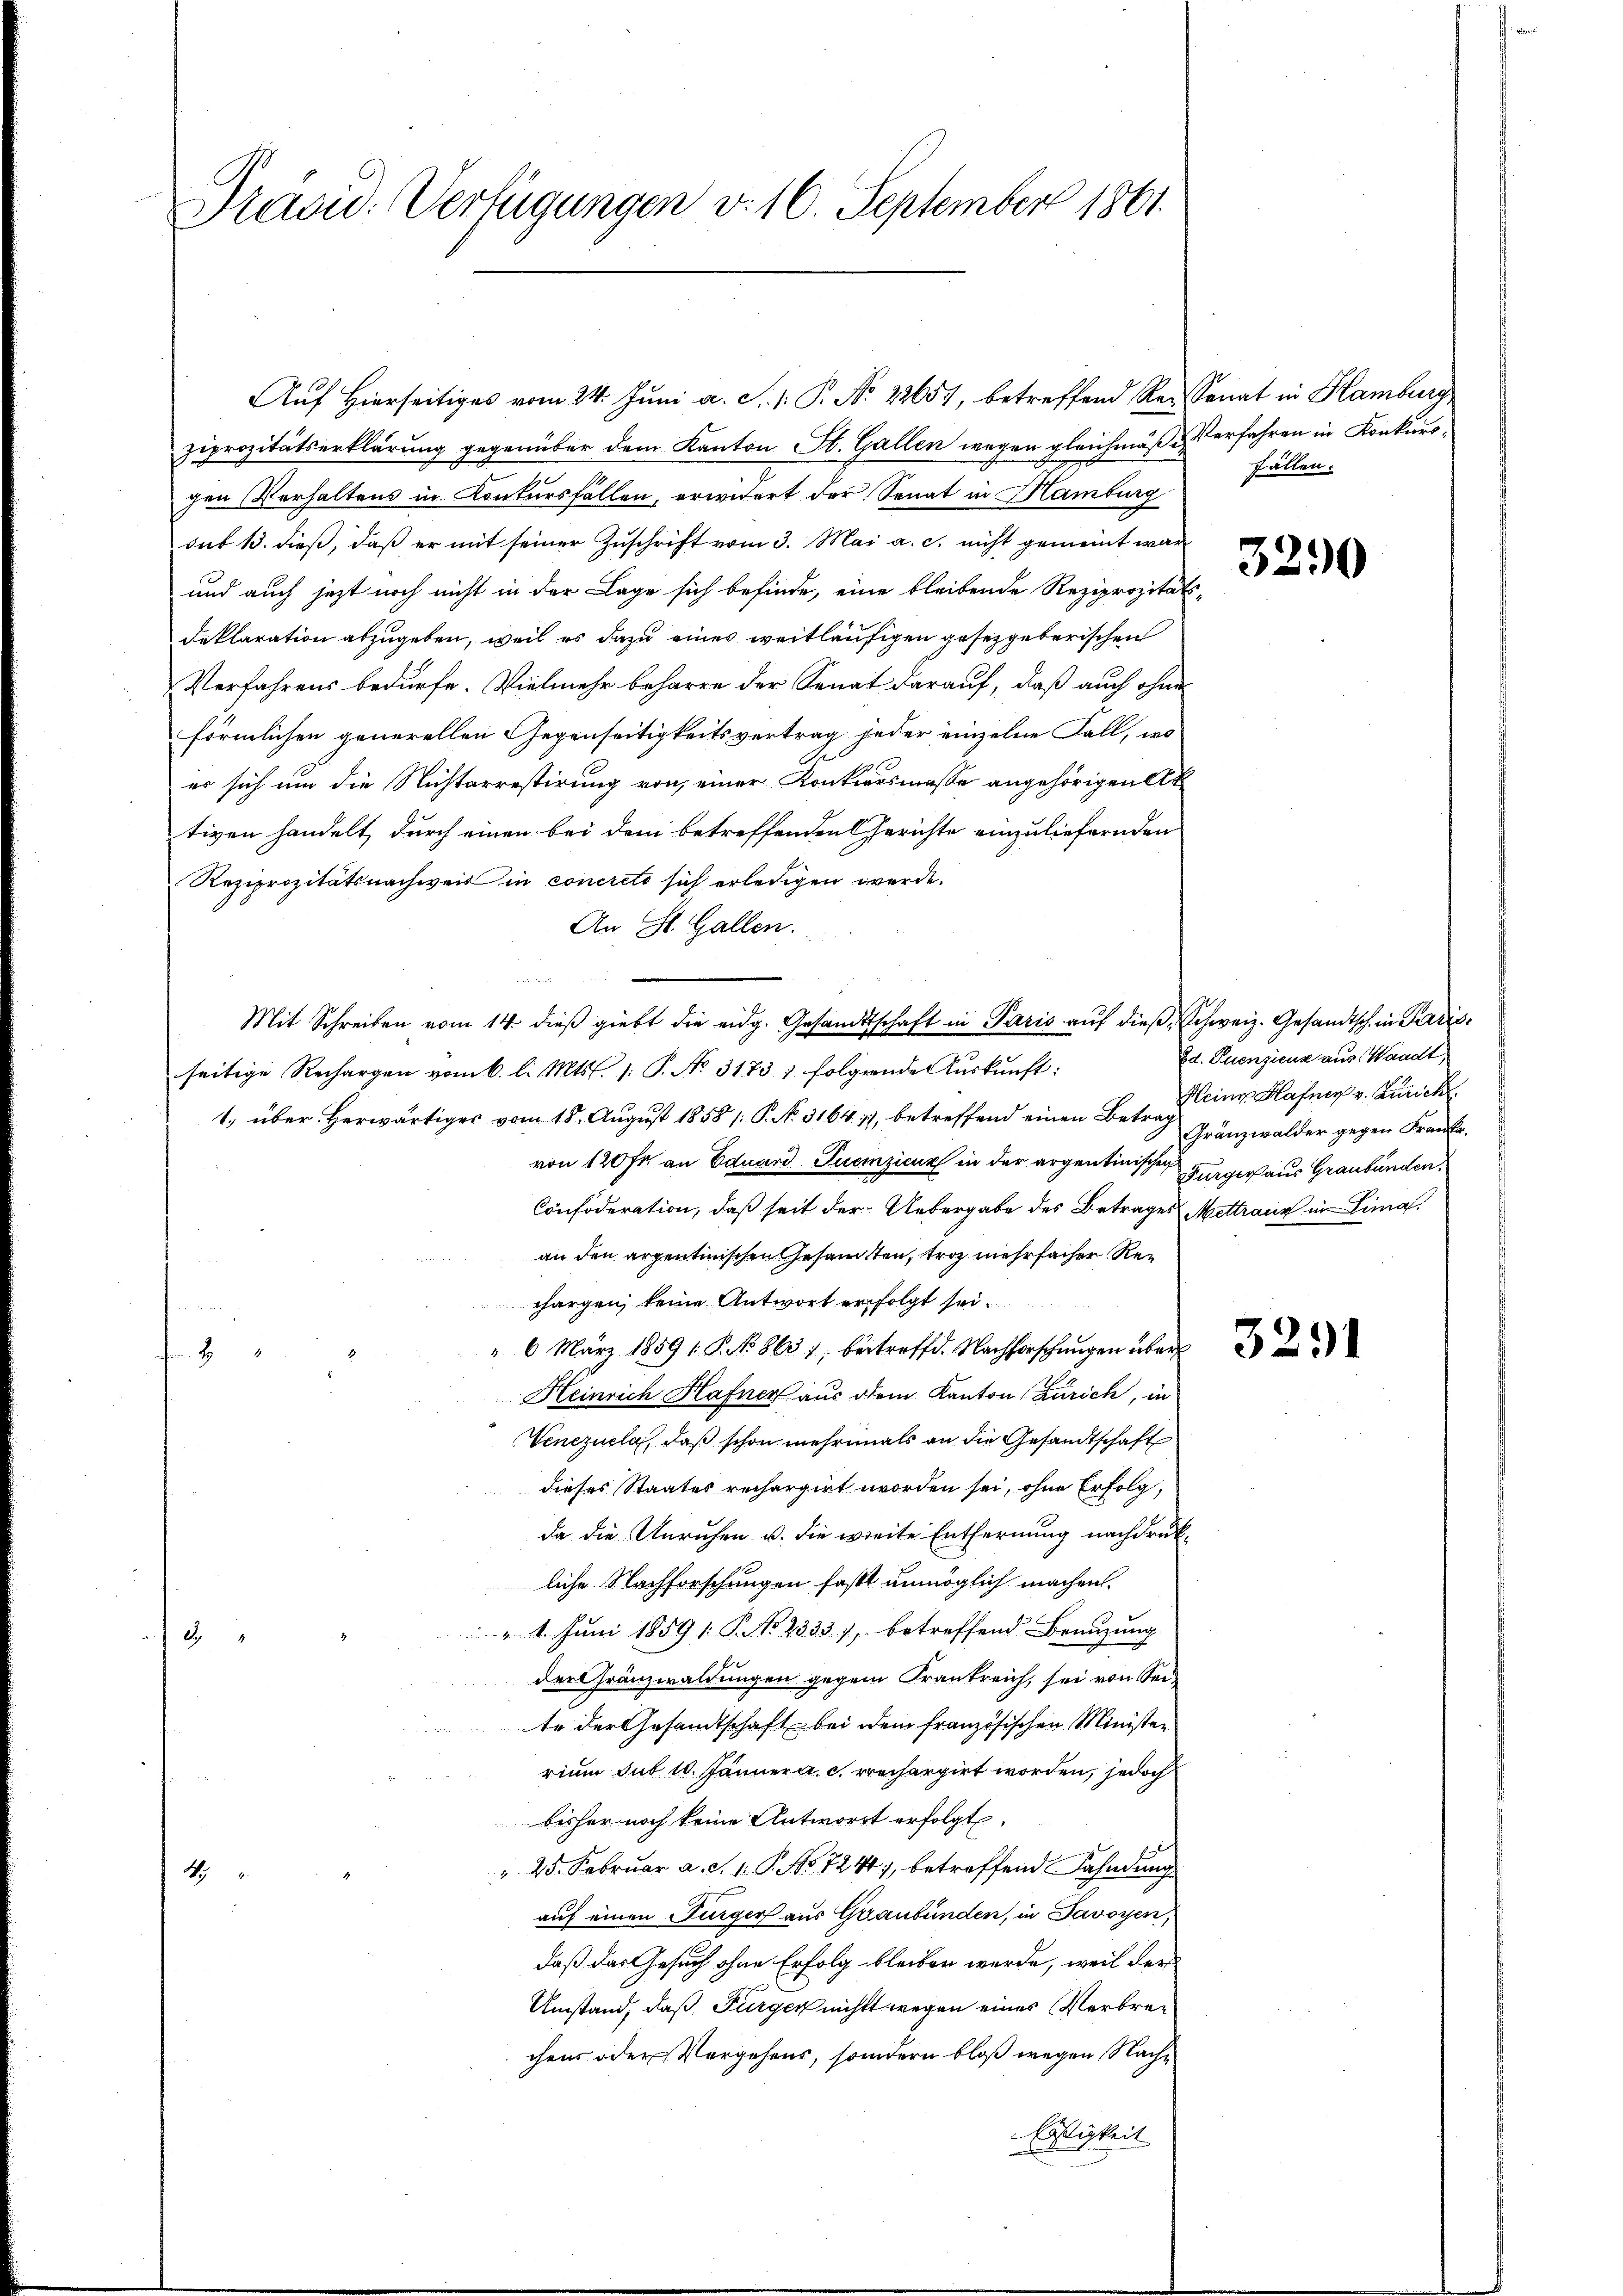
Pravid. Verfügungen v. 16. September 1861.

Auf Hierseitiges vom 24. Juni a. S. P. Nr. 2265), betreffend Reisenat in Hamburg
ziprozitätserklärung gegenüber dem Kanton St. Gallen wegen gleichmäße Verfahren in Konkursgen Verhaltens in Kontursfällen, erwidert der Senat in Hamburg
sub 13. dieß, daß er mit seiner Zuschrift vom 3. Mai a. c. nicht gemeint war
und auch jetzt noch nicht in der Lage sich befinde, eine bleibende Reziprozitäts-
Deklaration abzugeben, weil es dazu eines weitläufigen gesetzgeberischen
Verfahrens bedürfe. Vielmehr beharre der Senat darauf, daß auch ohne
förmlichen generellen Gegenseitigkeitsvertrag jeder einzelne Fall, wo
er sich um die Nichtarrestirung von einer Konkursmasse angehörigen Abtiven handelt, durch einen bei dem betreffenden Gerichte einzuliefernden
Reziprozitätsnachweis in concreto sich erledigen werde.
An St. Gallen.

seitige Rechargen vom 6. l. Mts. 1. P. No. 3173; folgende Auskunft:
1. über herwärtiges vom 15. August 1858 /: P. No. 316417, betreffend einen Betrag Gränzwalder gegen Frau,
von 120 Fr. an Eduard Suemzicurs in der argentinischen Burger aus Graubünden,
Confoderation, daß seit der Uebergabe des Betrages Mettraun in Limal.
an den argentinischen Gesamten, troz mehrfacher Rechargen, keine Antwort erfolgt sei.
" 6 März 1859 1. P. No. 8631, betreffd. Nachforschungen über

Heinrich Hafner aus dem Kanton Zürich, in
Venezuela, daß schon mehrmals an die Gesandtschaft
dieses Staates rechargirt worden sei, ohne Erfolg,
da die Unruhen u. die weite Entfernung nachdrukliche Nachforschungen fast unmöglich machen.
" 1. Juni 1859 [ P. No 2333), betreffend Benuzung.
d
der Gränzwaldungen gegen Frankreich, sei von Seite der Gesandtschaft bei dem französischen Ministen
rium sub 10. Jännern c. rechargirt worden, jedoch
bisher noch keine Antwort erfolgt.
c
" 25. Februar a. S. 1. P. No 7244), betreffend Fahndung
1
auf einen Turger aus Graubünden, in Savoyen,
daß das Gesuch ohne Erfolg bleiben werde, weil der
Umstand, daß Bürger nichts wegen eines Verbrechens oder Vergehens, sondern bloß wegen Nach¬
Eöstigkeit

Mit Schreiben vom 14. dieß giebt die eidg. Gesandtschaft in Paris auf dieß, Schweiz. Gesandtsch in Pardis¬

fällen.

3290

od. Ruenziens aus Waadt,
Heiner Hafner v. Zürich

3291